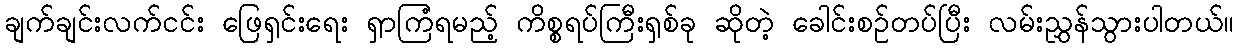
ချက်ချင်းလက်ငင်း ဖြေရှင်းရေး ရှာကြံရမည့် ကိစ္စရပ်ကြီးရှစ်ခု ဆိုတဲ့ ခေါင်းစဉ်တပ်ပြီး လမ်းညွှန်သွားပါတယ်။